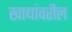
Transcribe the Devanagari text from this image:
खाद्यांवरील